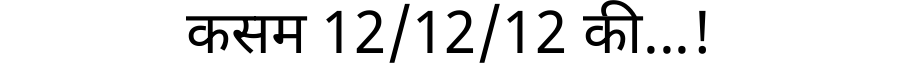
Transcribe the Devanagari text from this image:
कसम 12/12/12 की...!